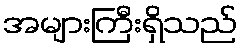
အများကြီးရှိသည်